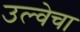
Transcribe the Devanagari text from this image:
उल्वेचा